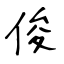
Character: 俊